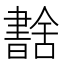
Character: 𦧶